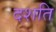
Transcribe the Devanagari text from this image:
दशति